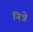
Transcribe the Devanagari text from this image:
निन्ने